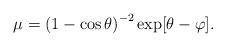
LaTeX: \begin{align*}\mu =\left( 1-\cos \theta \right) ^{-2}\exp [\theta -\varphi ].\end{align*}